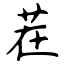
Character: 茬